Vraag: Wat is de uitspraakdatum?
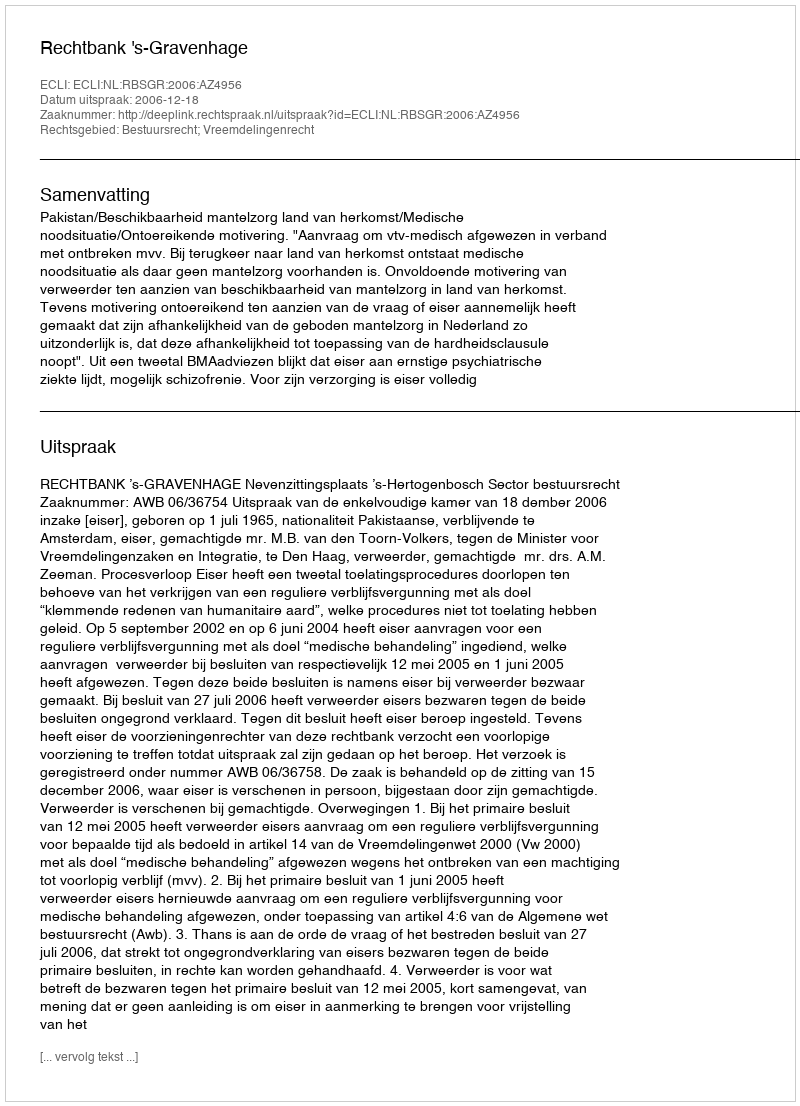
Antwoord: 2006-12-18